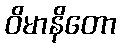
ဝိမာနိတော